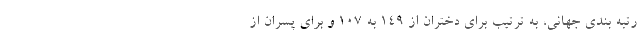
رتبه بندی جهانی، به ترتیب برای دختران از ۱۴۹ به ۱۰۷ و برای پسران از